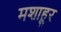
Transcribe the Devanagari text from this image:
मशाहूर